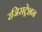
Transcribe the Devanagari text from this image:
रजिसट्रेशन